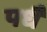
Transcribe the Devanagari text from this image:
पधै